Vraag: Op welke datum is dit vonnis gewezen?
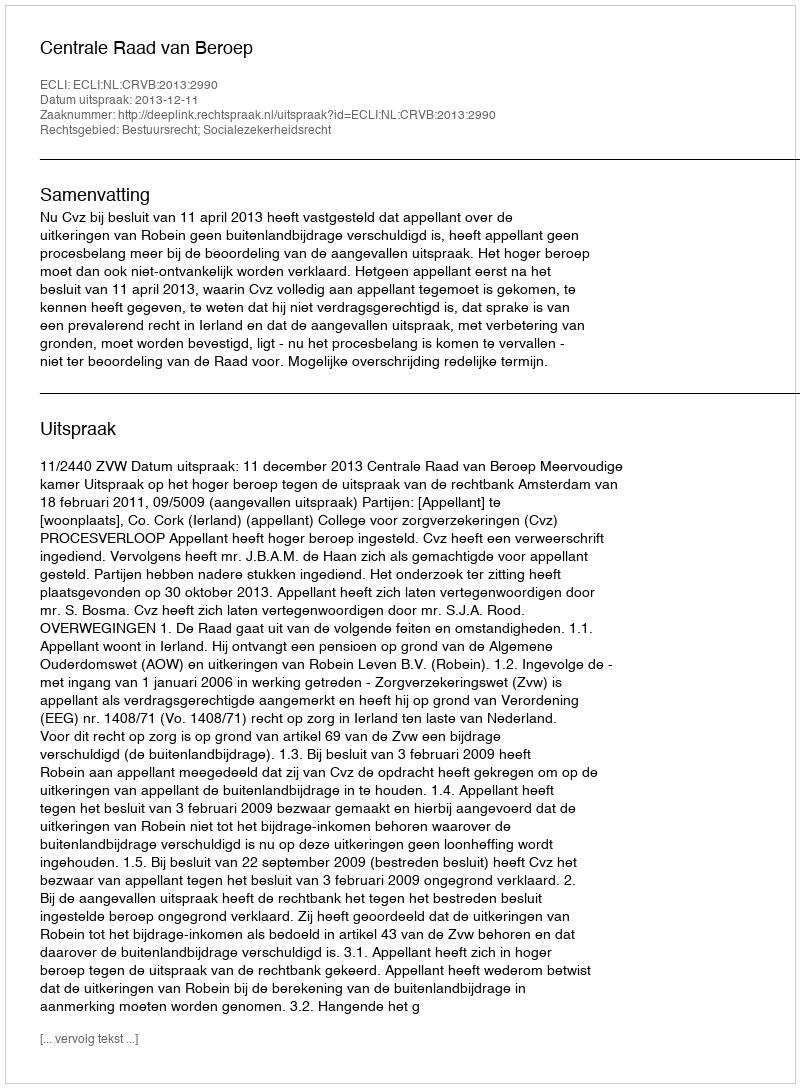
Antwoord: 2013-12-11